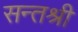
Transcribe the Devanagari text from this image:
सन्तश्री